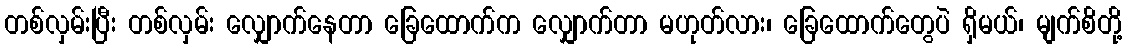
တစ်လှမ်းပြီး တစ်လှမ်း လျှောက်နေတာ ခြေထောက်က လျှောက်တာ မဟုတ်လား၊ ခြေထောက်တွေပဲ ရှိမယ်၊ မျက်စိတို့